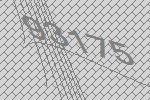
93175